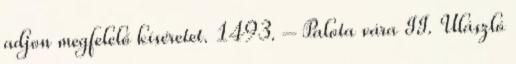
adjon megfelelő kíséretet. 1493. – Palota vára II. Ulászló